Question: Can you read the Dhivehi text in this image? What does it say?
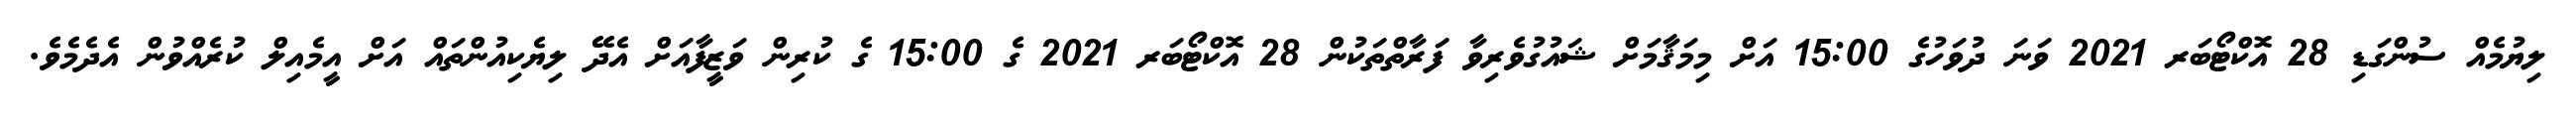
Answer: ލިޔުމެއް ސުންގަޑި 28 އޮކްޓޯބަރ 2021 ވަނަ ދުވަހުގެ 15:00 އަށް މިމަޤާމަށް ޝައުގުވެރިވާ ފަރާތްތަކުން 28 އޮކްޓޯބަރ 2021 ގެ 15:00 ގެ ކުރިން ވަޒީފާއަށް އެދޭ ލިޔެކިއުންތައް އަށް އީމެއިލް ކުރެއްވުން އެދެމެވެ.